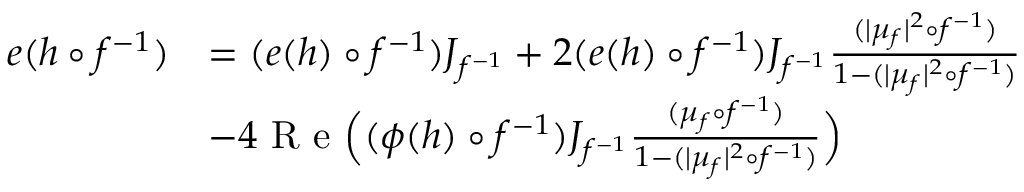
\begin{array} { r l } { e ( h \circ f ^ { - 1 } ) } & { = ( e ( h ) \circ f ^ { - 1 } ) J _ { f ^ { - 1 } } + 2 ( e ( h ) \circ f ^ { - 1 } ) J _ { f ^ { - 1 } } \frac { ( | \mu _ { f } | ^ { 2 } \circ f ^ { - 1 } ) } { 1 - ( | \mu _ { f } | ^ { 2 } \circ f ^ { - 1 } ) } } \\ & { - 4 \textrm { R e } \Big ( ( \phi ( h ) \circ f ^ { - 1 } ) J _ { f ^ { - 1 } } \frac { ( \mu _ { f } \circ f ^ { - 1 } ) } { 1 - ( | \mu _ { f } | ^ { 2 } \circ f ^ { - 1 } ) } \Big ) } \end{array}